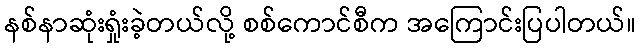
နစ်နာဆုံးရှုံးခဲ့တယ်လို့ စစ်ကောင်စီက အကြောင်းပြပါတယ်။